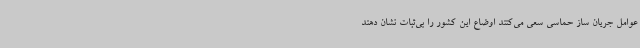
عوامل جریان ساز حماسی سعی می‌کنند اوضاع این کشور را بی‌ثبات نشان دهند